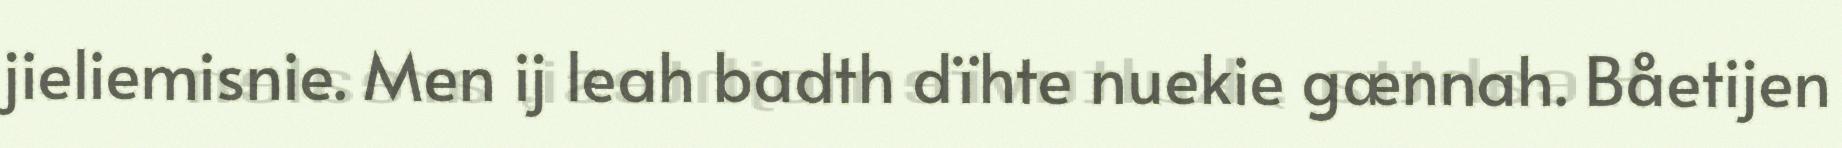
jieliemisnie. Men ij leah badth dïhte nuekie gænnah. Båetijen